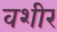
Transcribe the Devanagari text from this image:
वशीर